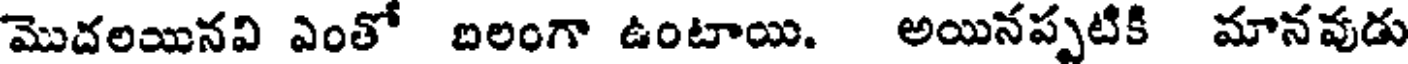
మొదలయినవి ఎంతో బలంగా ఉంటాయి. అయినప్పటికి మానవుడు